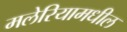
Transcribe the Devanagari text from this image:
मलेरियामधील